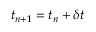
t _ { n + 1 } = t _ { n } + \delta t